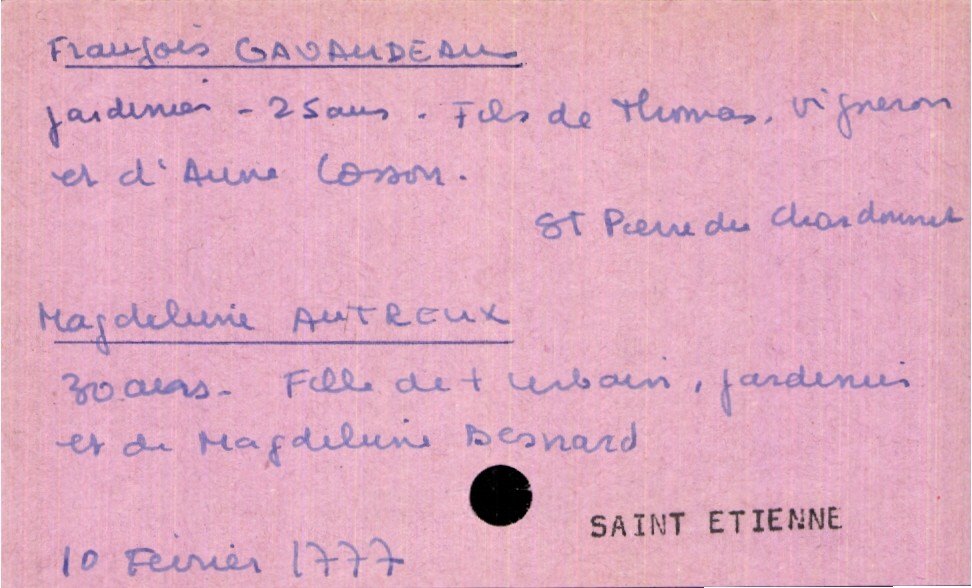
type_acte: Mariage
année: 1777
mois: février
jour: 10
paroisse: Saint Etienne
marié_nom: Gavaudeau
marié_prénom: François
marié_âge: 25 ans
marié_profession: jardinier
marié_lieu_de_naissance: Saint Pierre du Chardonnet
père_marié_nom: Gavaudeau
père_marié_prénom: Thomas
père_marié_profession: vigneron
mère_marié_nom: Cosson
mère_marié_prénom: Anne
mariée_nom: Autreux
mariée_prénom: Magdeleine
mariée_âge: 30 ans
père_mariée_nom: Autreux
père_mariée_prénom: Urbain
père_mariée_profession: jardinier
père_mariée_statut: décédé
mère_mariée_nom: Besnard
mère_mariée_prénom: Magdeleine